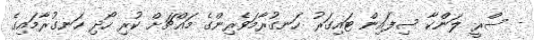
- ސްރީ ލަންކާ ސިފައިން ޓައިގަރު ހަނގުރާމަވެރިންގެ މައްޗަށް ކުރި ހޯދި ހަނގުރާމައިގެ